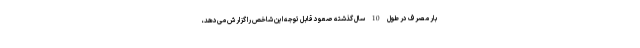
بار مصرف در طول 10 سال گذشته صعود قابل توجه این شاخص را گزارش می‌دهد،